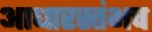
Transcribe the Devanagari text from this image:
आधारस्तंभच